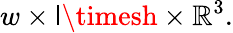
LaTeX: w\times\mathsf{l}\timesh\times\mathbb{{R}}^{3}.